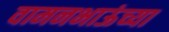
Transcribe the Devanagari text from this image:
वामनभाऊंच्या